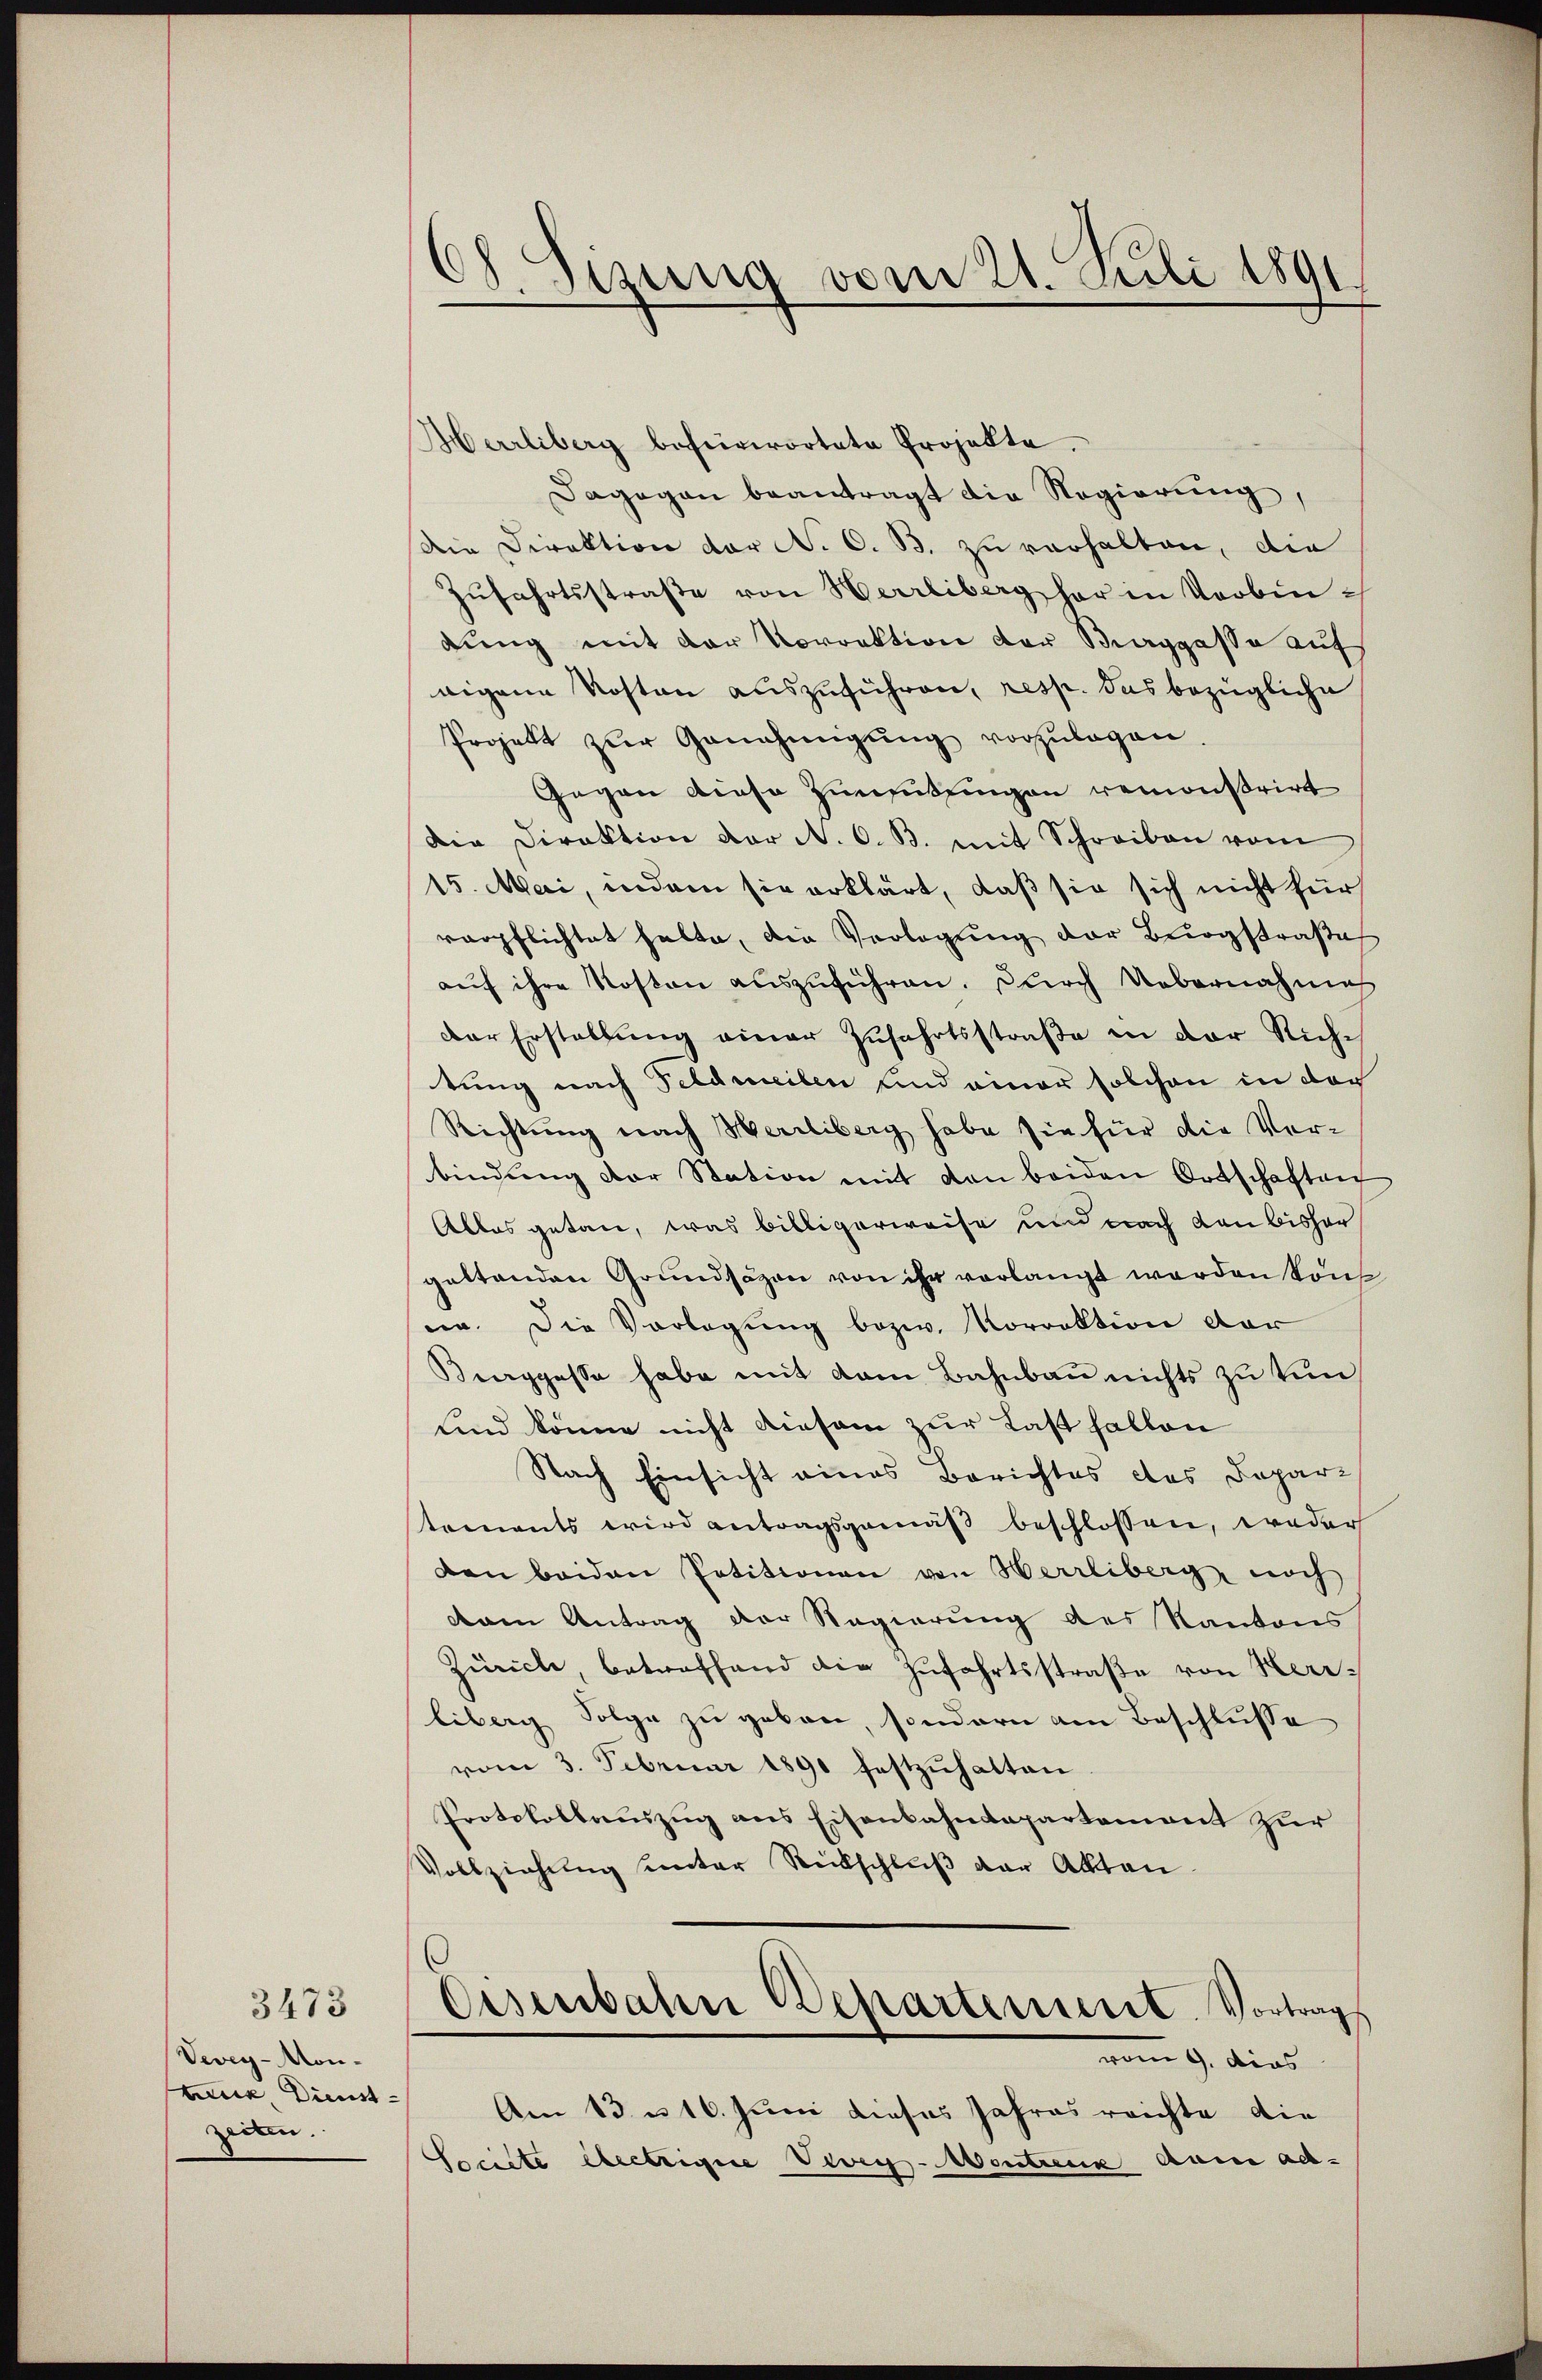
3473
Vevey-Mon-
tene Dienstzeiten.

08. Sizung vom 21. Juli 1891

Herrliberg befürwortete Projekte.
Dagegen beantragt die Regierung,
Die Direktion der N. O. B. zu verhalten, die
Zŭfahrtsstraße von Herrliberg her in Verbindung mit der Vorrektion der Berggasse auf
aigene Kosten auszuführen, resp. das bezügliche
Projekt zŭr Genehmigŭng vorzŭlegen.
Gegen diese Zumsitzingen remonstrirt
Die Direktion der N. O. B. mit Schreiben vom
15. Mai, indem sie erklärt, daß sie sich nicht für
verpflichtet halte, die Verlegŭng der Bergstraβe
auf ihre Kosten auszuführen. Durch Uebernahme
der Erstellŭng einer Zufahrtsstraβe in der Richtung nach Feldweilen und einer solchen in doch
Richtŭng nach Herrliberg habe sie für die Vor-
bindŭng der Station mit den beiden Ortschaften
Alles getan, was billigerweise und nach von bishergeltenden Grundsäzen von ihr vorlangt werden kön
nn. Die Vorlegung bezw. Korrektion der
Berggasse habe mit dem Bahnbau nichts zu von
sind könne nicht diesem zur Last fallen
Nach Einsicht eines Berichtes des Depari
toments wird antragsgemäß beschlossen, weder
den beiden Petitionen von Herrliberg noch
vam Antrag der Regierung des Kantons
Zürich, betreffend die Zufahrtsstraße von Herrliberg Folge zu geben, sondern am Beschlusse
vom 3. Februar 1891 festzuhalten
Protokollaŭszŭg ans Eisenbahndepartement zur
Vollziehung unter Rückschluß der Akten
Eisenbahn Departement. Vortrags
vom 9. dies
Am 13. u 16. Juni dieses Jahres reichte die
Socilte electrige Vevey-Montreux dami ad-